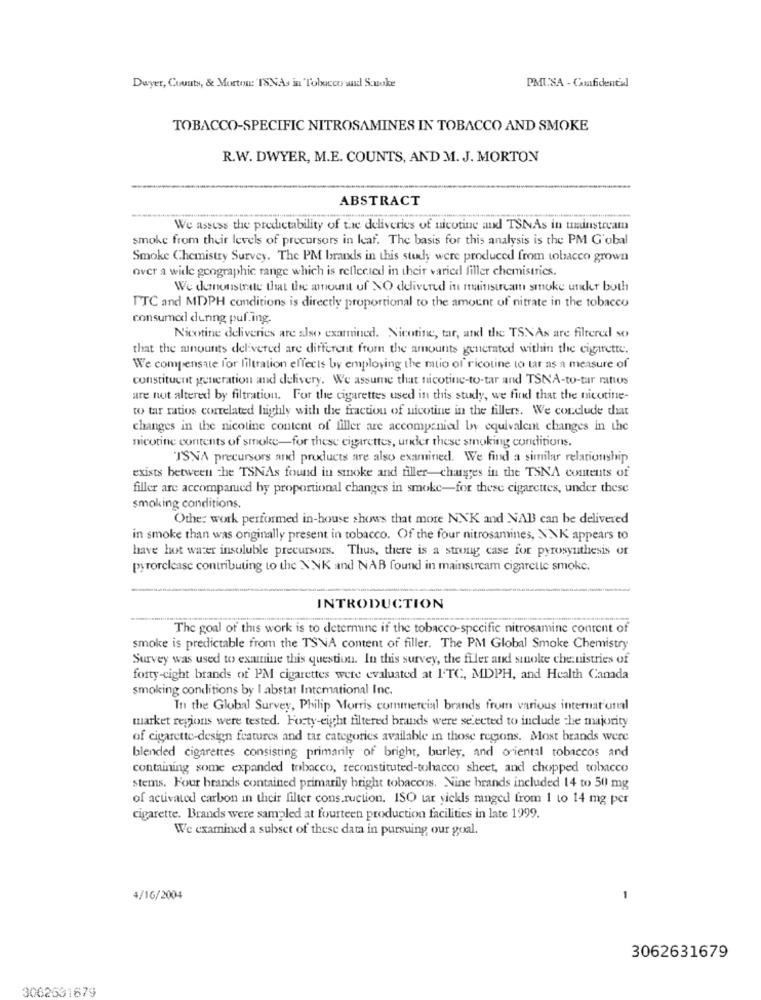
Dwyer, Counts, & Mortos ISNAs in Tobacco and S.uuke
PMUSA - Confidential
TOBACCO-SPECIFIC NITROSAMINES IN TOBACCO AND SMOKE
R.W. DWYER, M.E. COUNTS, AND M. J. MORTON
ABSTRACT
We assess the predictability of the deliveries of nicotine and TSNAs in mainstream
smoke from their levels of precursors in leaf. The basis for this analysis is the PM G'obal
Smoke Chemistry Survey. The PM brands in this study were produced from tobacco grown
over a wide geographic range which is reflected in their varied filler chemistries.
We demonstrate that the amount of NO delivered in mainstream smoke unicher both
TTC and MDPH conditions is directly proportional to the amount of nitrate in the tobacco
consumod during puf.ing.
Nicotine deliveries are also examined. Nicotine, tar, and the TSNAs are filtered so
that the minounts delivered are different from the amounts generated within the cigarette.
We compensate for filtration effects by employing the muo of ricotine to tar as a measure of
constituent generation and delivery. We assume that nicotine-to-tar and TSNA-to-tar ratios
are not altered by filtration. For the cigarettes used in this study, we find that the nicotine-
to tar ratios correlated highly with the fraction of nicotine in the fillers. We conclude dit
changes in the nicotine content of liller are accompanied by equivalent changes in the
nicotine contents of smoke-for these cigarettes, under these smoking conditions.
TSNA precursors and products are also examined. We find a similar relationship
exists between the TSNAs found in smoke and tiller-changes in the TSNA contents of
filler are accompanied by proportional changes in smoke-for these cigarettes, under these
smoking conditions.
Other work performed in-house shows that more NNK and NAB can be delivered
in smoke than was originally present in tobacco. Of the four nitrosamines, NNK appears to
have hot water insoluble precursors. Thus, there is a strong case for pyrosynthesis or
pyrorelease contributing to the NNK and NAB found in mainsurcam cigarette smoke.
INTRODUCTION
The goal of this work is to determine if the tobacco-specific nitrosamine content of
smoke is predictable from the TSNA content of filler. The PM Global Smoke Chemistry
Survey was used to examine this question. In this survey, the filer and sinoke che nistries of
forty-cight brands of PM cigarettes were evaluated at I'TC, MDPH, and Health Canada
smoking conditions by I abstat International Inc.
In the Global Survey, Philip Morris commercial brands from various international
market regions were tested. Forty-eight filtered brands were selected to include the majority
of cigarette-design features and tar categories available in those regions. Most brands were
blended cigarettes consisting primarily of bright, burley, and oriental tobaccos and
containing some expanded tobacco, reconstituted-tobacco sheet, and chopped tobacco
stems. Four brands contained primarily bright tobaccos. Nine brands included 14 to 50 mg
of activated carbon in their filter cons.ruction. ISO tar yickls ranged from 1 to 14 mg per
cigarette. Brands were sampled at fourteen production facilities in late 1999.
We examined a subset of these data in pursuing our goal.
4/16/2004
3062631679
3062631679